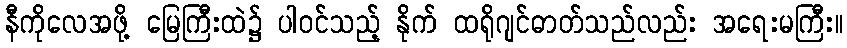
နီကိုလေအဖို့ မြေကြီးထဲ၌ ပါဝင်သည့် နိုက် ထရိုဂျင်ဓာတ်သည်လည်း အရေးမကြီး။